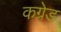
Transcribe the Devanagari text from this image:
कग्रेड